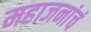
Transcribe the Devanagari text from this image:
महाजनांचं